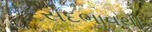
સદભાવથી